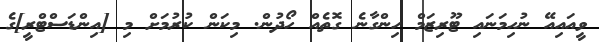
ވީއައިއޭ ނުހިމަނައި ޓޫރިޒަމް ހިންގާނެ ގޮތެއް ހޯދުން. މިކަން ކުރުމަށް މި [އިންޑަސްޓްރީ]ގެ